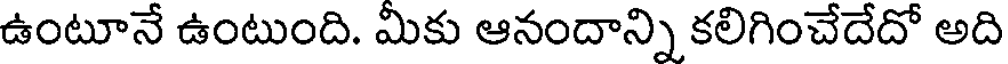
ఉంటూనే ఉంటుంది. మికు ఆనందాన్ని కలిగించేదేదో అది